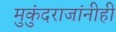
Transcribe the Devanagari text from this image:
मुकुंदराजांनीही